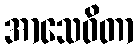
အာသေဝိတာ